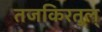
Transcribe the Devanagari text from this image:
तजकिरतुल्